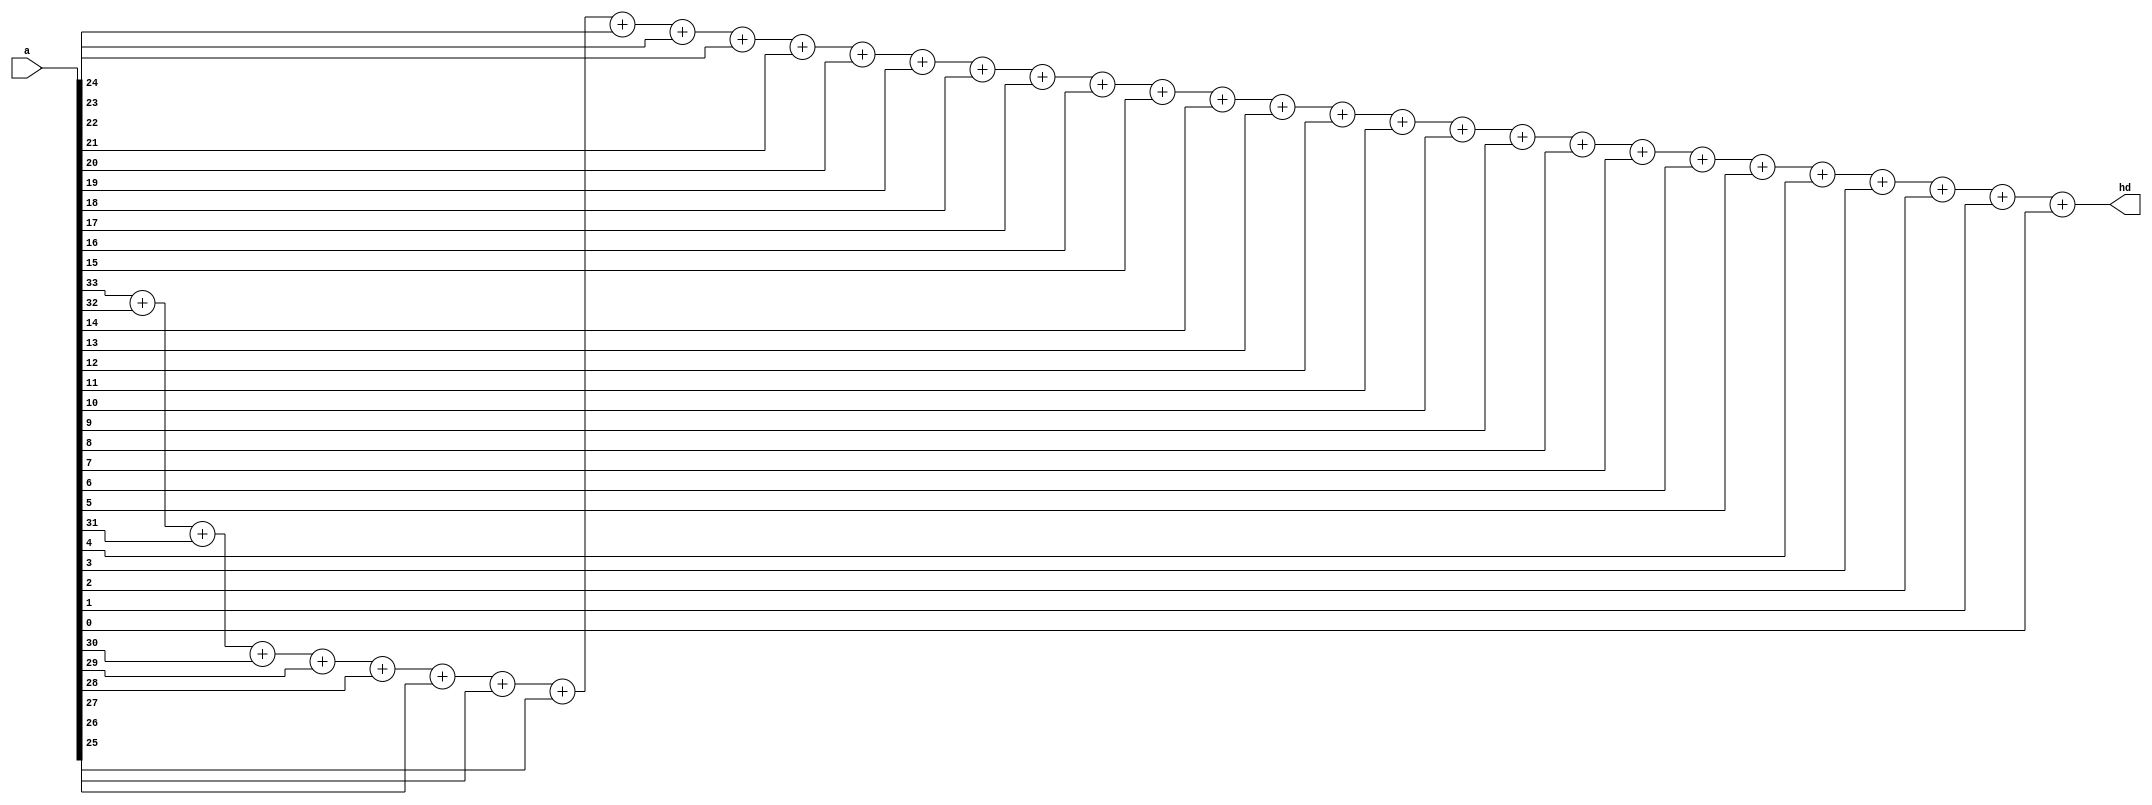
`timescale 1ns / 1ps
//////////////////////////////////////////////////////////////////////////////////
// Company: 
// Engineer: 
// 
// Design Name: 
// Module Name:    hd_calcu_4m 
// Project Name: 
// Target Devices: 
// Tool versions: 
// Description: 
//
// Dependencies: 
//
// Revision: 
// Revision 0.01 - File Created
// Additional Comments: 
//
//////////////////////////////////////////////////////////////////////////////////
module hd_calcu_4m(input [33:0] a,
                   output reg [5:0] hd
                  );
  always @(a)
  begin
   hd <= (a[33]+a[32]+a[31]+a[30]+a[29]+a[28]+a[27]+
	a[26]+a[25]+a[24]+a[23]+a[22]+a[21]+a[20]+a[19]+a[18]
	+a[17]+a[16]+a[15]+a[14]+a[13]+a[12]+a[11]+a[10]+a[9]+
	a[8]+a[7]+a[6]+a[5]+a[4]+a[3]+a[2]+a[1]+a[0]);
  end
endmodule